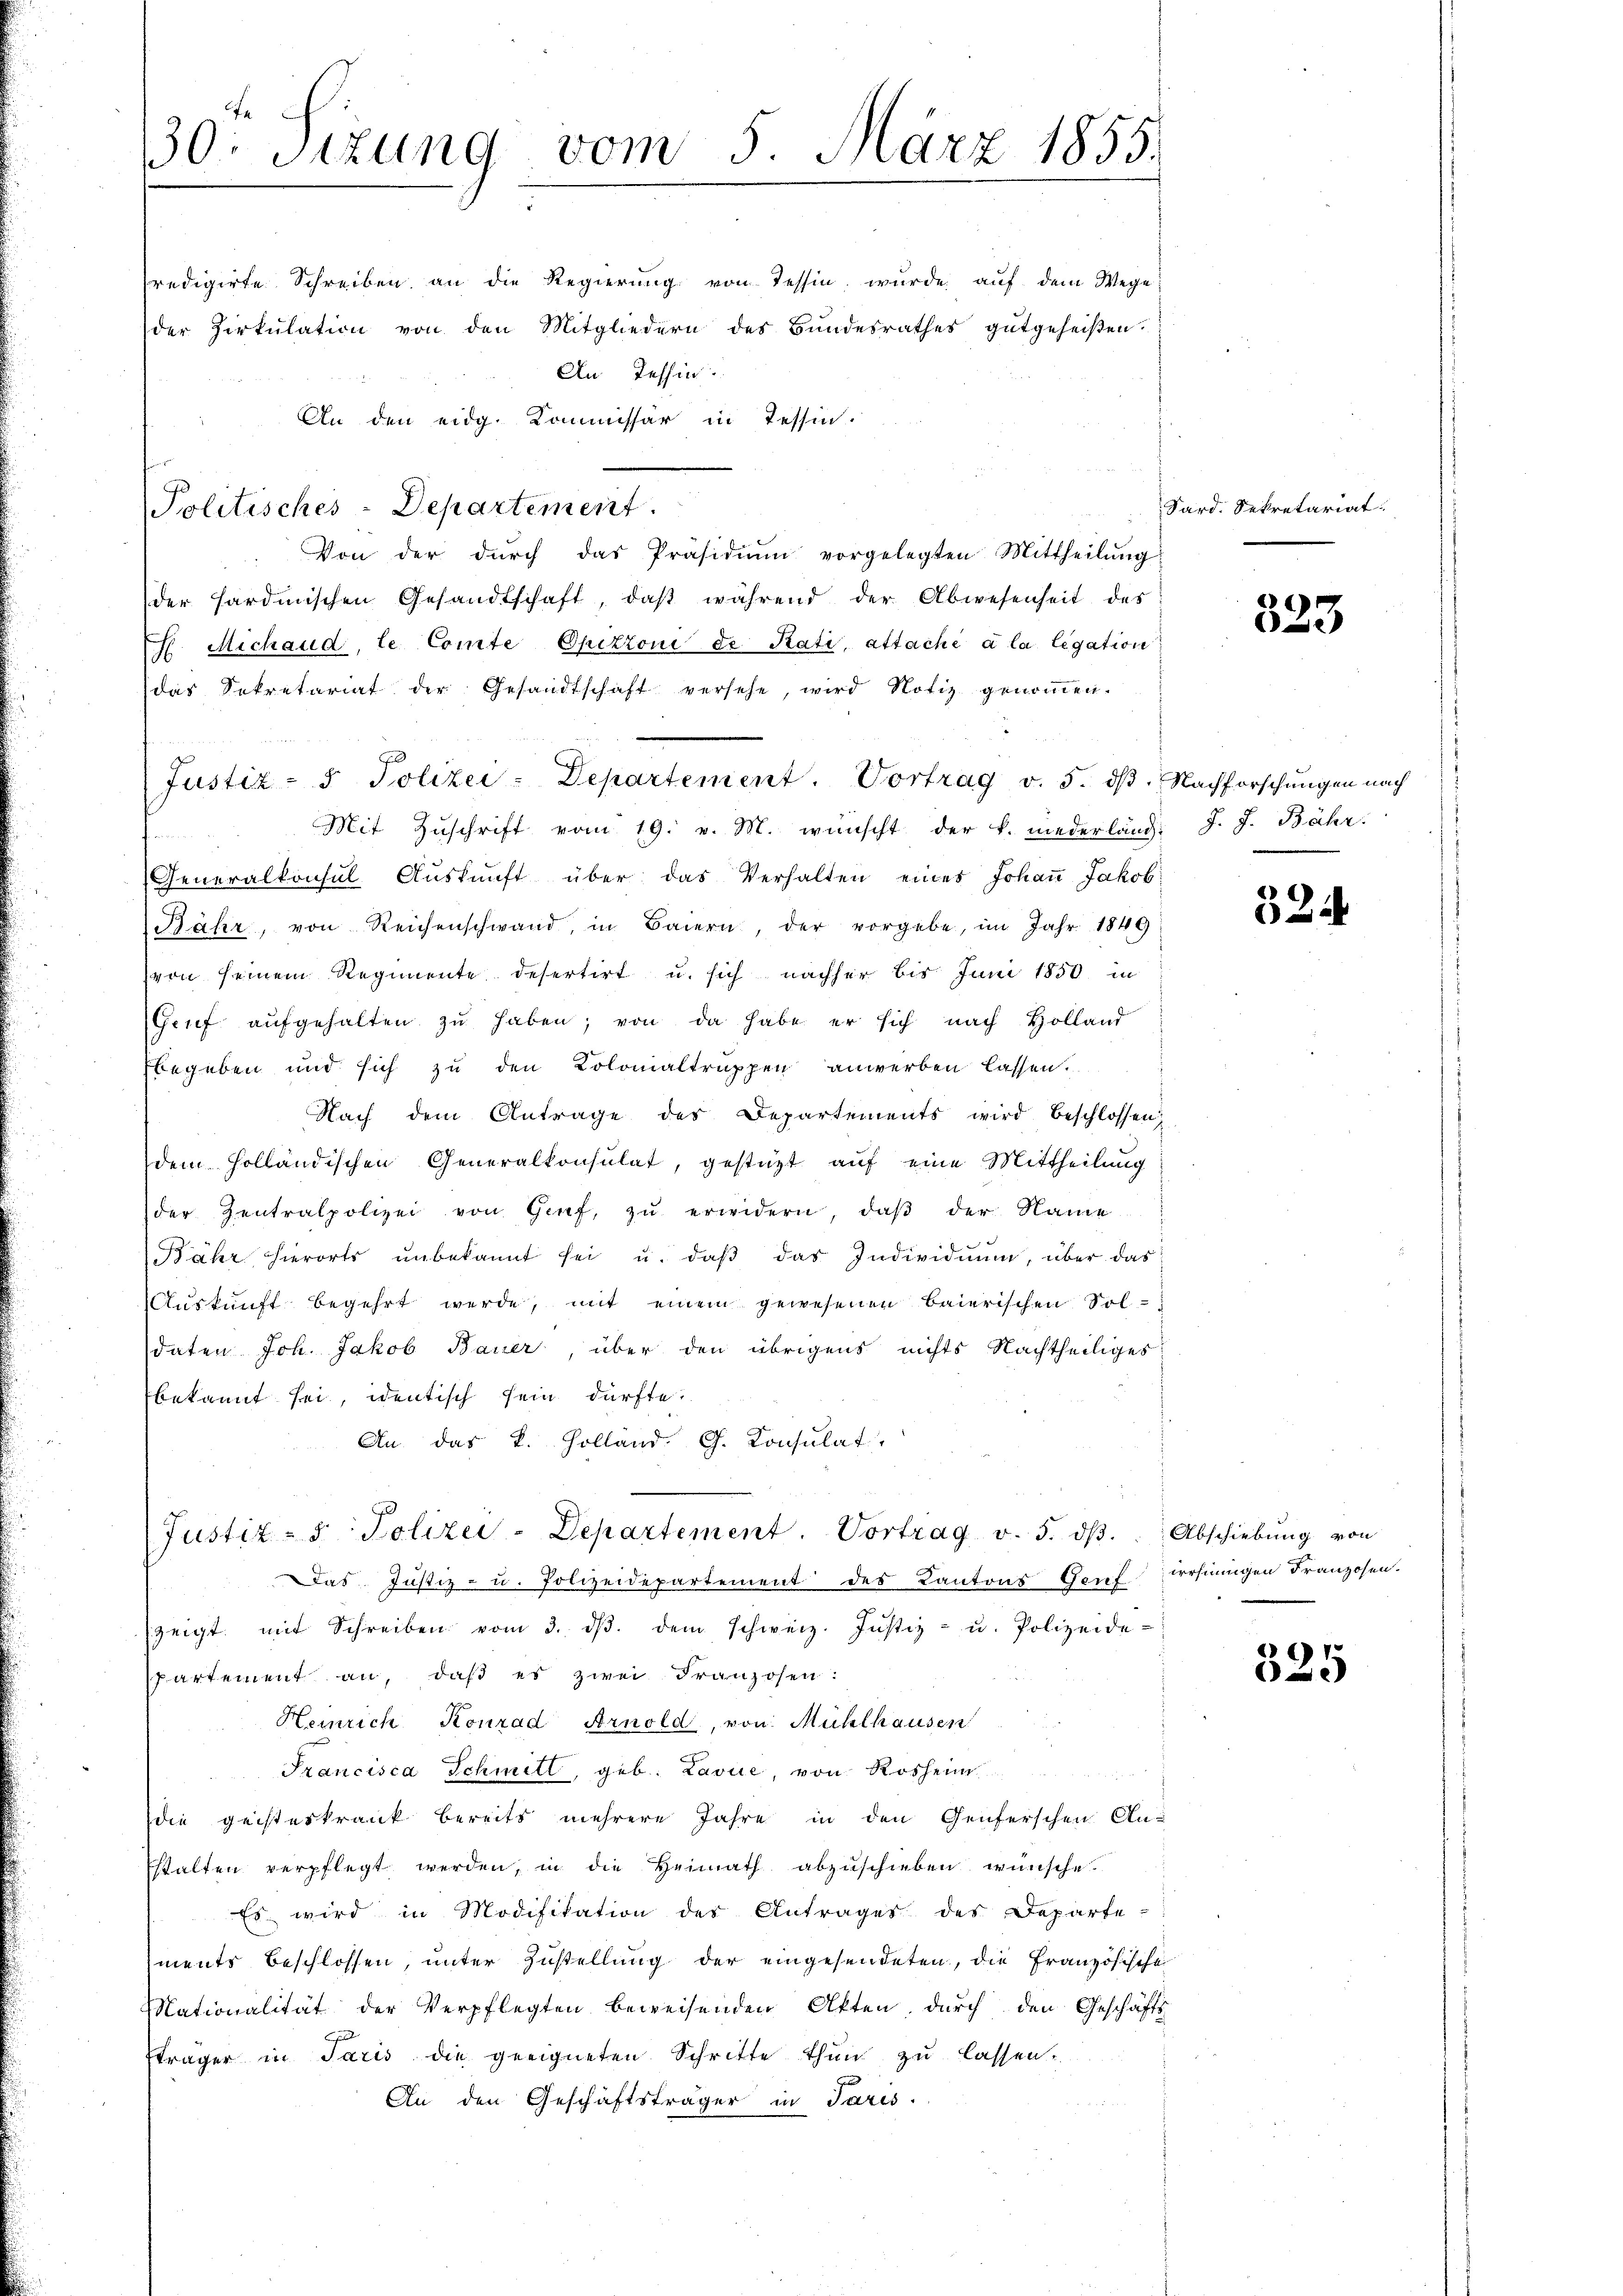
30: Sizung vom 5. März 1855.

Predigirte Schreiben an die Regierŭng von Tessin, wurde aŭf dem Wege
der Zirkŭlation von den Mitgliedern des Bundesrathes gutgeheißen.
Von der dŭrch das Präsidiŭm vorgelegten Mittheilŭng
der Hardmischen Gesandtschaft, daβ während der Abwesenheit des
F. Michaud, le Comte Opitzoni de Kati, attaché à la legation
das Sekretariat der Gesandtschaft versehe, wird Notiz genoṁen.
(Justiz- & Polizei-Departement. Vortrag v. 5. dβ. Nachforschungen nach
Mit Zuschrift vom 19. v. M. wünscht der k. niederländ. J. J. Bähr.
Generalkonsul Aŭskŭnft über das Verhalten eines Johaṅ Jakob
Bähr, von Reichenschwand, in Baiern, der vorgebe, im Jahr 1849
von seinem Regimente desertirt u. sich nachher bis Juni 1850 in
Grŭf aŭfgehalten zŭ haben; von da habe er sich nach Holland
begeben und sich zu den Kolonialtruppen anwerben lassen.
Nach dem Antrage des Departements wird beschlossen
dem Holländischen Generalkonsulat, gestüzt auf eine Mittheilung
der Zentralpolizei von Genf, zŭ erwidern, daβ der Name
ähr hierorts ŭnbekannt sei u. daβ das Individŭŭm, über das
Auskunft begehrt werde, mit einem gewesenen Baierischen Soldaten Joh. Jakob Bauer, über den übrigens nichts Nachtheiliges
bekannt sei, identisch sein dürfte.
An das k. Holland G. Konsulat

An Tessin.
An den eidg. Kommissär in Tessin.
Politisches-Departement.

Justiz- & Polizei-Departement. Vortrag v. 5. dβ.

das Justiz- u. Polizeidepartement des Kantons Genf lehnungen Franzosen.
zeigt mit Schreiben vom 3. dβ. dem Schweiz. Justiz- u. Polizeide-
spartement an, daβ es zwei Franzosen:
Heinrich Konrad Arnold, von Mühlhausen
Francisca Schmitt, geb. Lavice, von Rosheim
die geisteskrank bereits mehrere Jahre in den Genferschen An-
stalten verpflegt werden, in die Heimath abzuschieben wünsche.
Es wird in Modifikation der Antrages des Departe-
ments beschlossen, unter Zustellung der eingesendeten, die Französische
Nationalität der Verpflegten beweisenden Akten, durch den Geschäfts
Eträger in Paris die geeigneten Schritte thun zu lassen.
An den Geschäftsträger in Paris.

Sard. Sekretariat

323

524

Abschiebung von

325